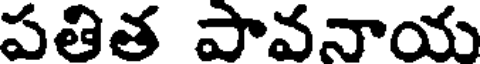
పతిత పావనాయ